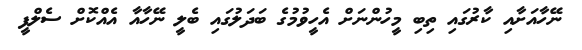
ނޭހާއަށާއި ކާރުގައި ތިބި މީހުންނަށް އެހީވުމުގެ ބަދަލުގައި ބެލީ ނޭހާއާ އެއްކޮށް ސެލްފީ